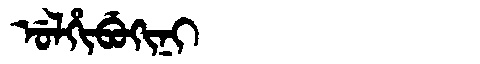
Manchu: ᡠᠯᡥᡳᠪᡠᡴᡳᠨᡳ
Romanization: ULHIBUKINI